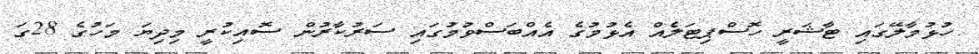
ހުޅުމާލޭގައި ޓާޝަރީ ހޮސްޕިޓަލެއް އެޅުމުގެ އެއްބަސްވުމުގައި ސަރުކާރުން ސޮއިކުރީ މިދިޔަ މަހުގެ 28ގަ